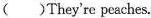
( )They're peaches.